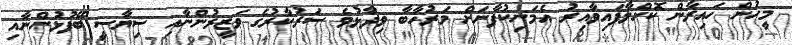
މީހުން ހައިރާން ކޮށްލާފައިވާއިރު އެމަނިކުފާނަށް މަރުހާބާ ވިދާޅުވެ ސަރުކާރުގެ ވަޒީރުންނާއި ސިޔާސީ ބޭފުޅުންނާއި